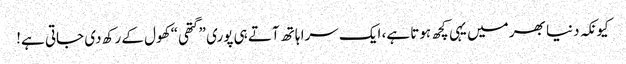
کیونکہ دنیا بھر میں یہی کچھ ہوتا ہے، ایک سرا ہاتھ آتے ہی پوری ”گتھی“ کھول کے رکھ دی جاتی ہے!